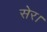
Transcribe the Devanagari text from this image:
सेर।